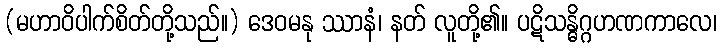
(မဟာဝိပါက်စိတ်တို့သည်။) ဒေဝမနု ဿာနံ၊ နတ် လူတို့၏။ ပဋိသန္ဓိဂ္ဂဟဏကာလေ၊